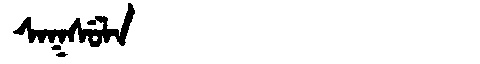
Manchu: ᠰᠠᡴᠰᡠᠯᠠ
Romanization: SAKSULA